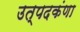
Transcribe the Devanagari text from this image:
उत्पदकंणा